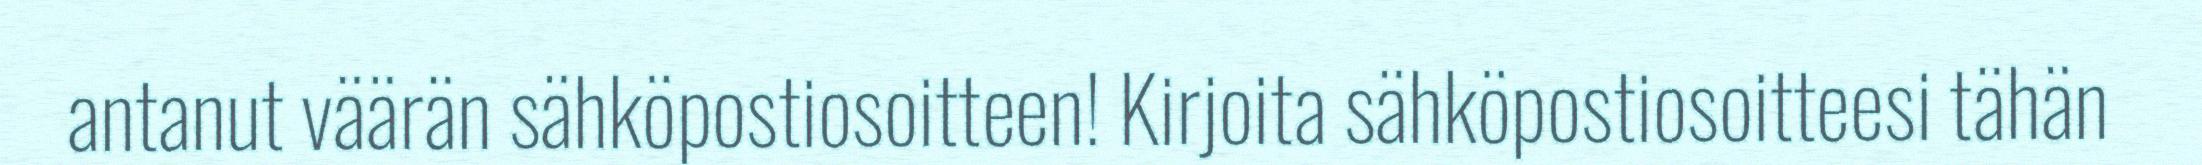
antanut väärän sähköpostiosoitteen! Kirjoita sähköpostiosoitteesi tähän